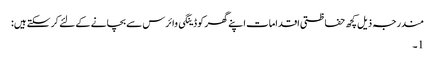
مندرجہ ذیل کچھ حفاظتی اقدامات اپنے گھر کو ڈینگی وائرس سے بچانے کے لئے کر سکتے ہیں:
1۔